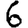
Digit: 6